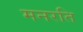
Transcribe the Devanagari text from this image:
मनरति